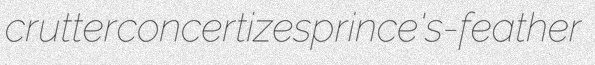
crutter concertizes prince's-feather